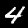
Label: 4